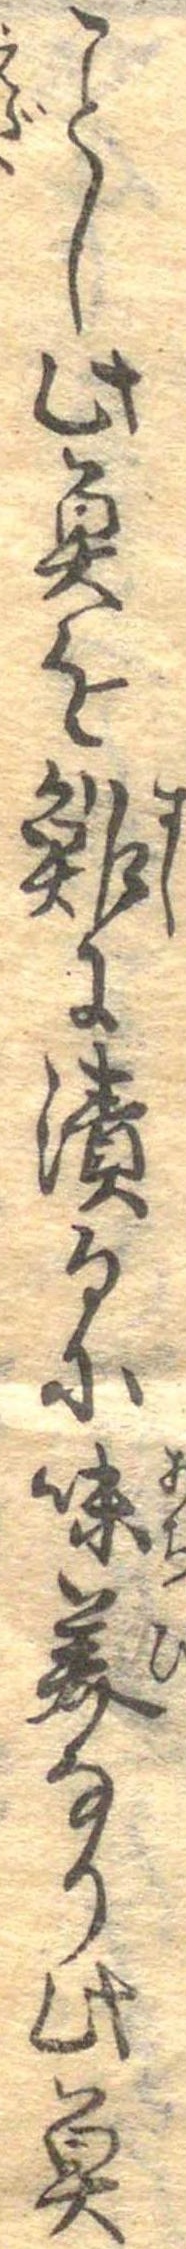
ことし此魚を鮓に漬るに味美なり此魚